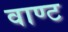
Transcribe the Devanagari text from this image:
वाण्ट